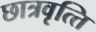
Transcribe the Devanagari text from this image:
छात्रवृत्‍ति